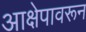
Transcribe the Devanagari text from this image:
आक्षेपावरून